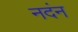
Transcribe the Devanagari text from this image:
नदंन